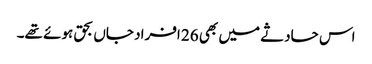
اس حادثے میں بھی 26 افراد جاں بحق ہوئے تھے۔